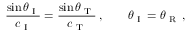
\frac { \sin \theta _ { \textup { I } } } { c _ { \textup { I } } } = \frac { \sin \theta _ { \textup { T } } } { c _ { \textup { T } } } \, , \qquad \theta _ { \textup { I } } = \theta _ { \textup { R } } \, ,